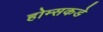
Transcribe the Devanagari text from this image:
होम्सकडे